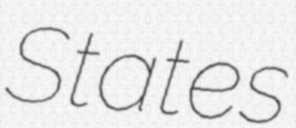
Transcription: States